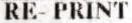
RE PRINT